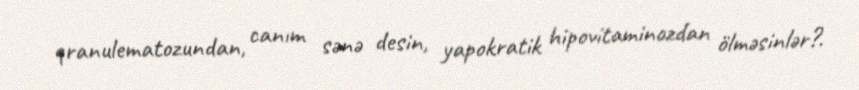
qranulematozundan, canım sənə desin, yapokratik hipovitaminozdan ölməsinlər?.